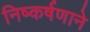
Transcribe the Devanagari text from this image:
निष्कर्षणाने